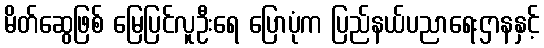
မိတ်ဆွေဖြစ် မြေပြင်လူဦးရေ ပြောပုံက ပြည်နယ်ပညာရေးဌာနနှင့်